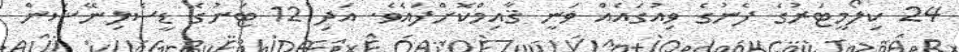
24 ކިލޯމީޓަރުގެ ފެނުގެ ވިއުގައެއް ވަނީ ޤާއިމްކޮށްފައެވެ. އަދި 12 ޓަނުގެ ޑީސެލިނޭޝަން